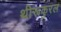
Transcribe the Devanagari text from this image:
थीरूकुरल